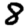
Digit: 8